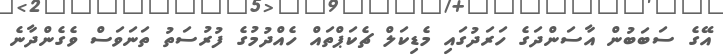
އޭގެ ސަބަބުން އާސަންދަގެ ހަރަދުގައި މެޑިކަލް ޗެކަޕްތައް ހެއްދުމުގެ ފުރުސަތު ތަނަވަސް ވެގެންދާނެ